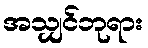
အသျှင်ဘုရား